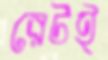
রেটই